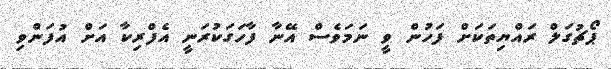
ޕޯޗުގަލް ރައްޔިތަކަށް ފަހުން ވީ ނަމަވެސް އޭނާ ފާހަގަކުރަނީ އެފްރިކާ އަށް އުފަންވި